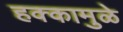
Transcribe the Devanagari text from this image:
हक्कामुळे